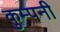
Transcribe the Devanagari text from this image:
कुम्पनी